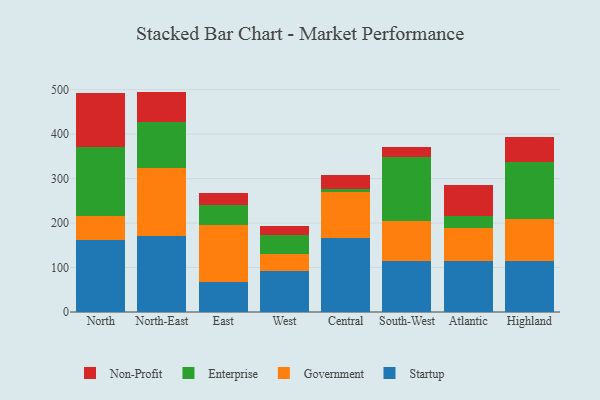
{"axis": {"x": "Region", "y": "Backlog"}, "legend": ["Enterprise", "Government", "Non-Profit", "Startup"], "data": [{"x": "North", "y": 161.3, "type": "Startup"}, {"x": "North", "y": 55.5, "type": "Government"}, {"x": "North", "y": 153.7, "type": "Enterprise"}, {"x": "North", "y": 120.9, "type": "Non-Profit"}, {"x": "North-East", "y": 171.2, "type": "Startup"}, {"x": "North-East", "y": 152.1, "type": "Government"}, {"x": "North-East", "y": 103.7, "type": "Enterprise"}, {"x": "North-East", "y": 68.6, "type": "Non-Profit"}, {"x": "East", "y": 67.3, "type": "Startup"}, {"x": "East", "y": 128.4, "type": "Government"}, {"x": "East", "y": 45.4, "type": "Enterprise"}, {"x": "East", "y": 26.2, "type": "Non-Profit"}, {"x": "West", "y": 91.5, "type": "Startup"}, {"x": "West", "y": 39.2, "type": "Government"}, {"x": "West", "y": 42.0, "type": "Enterprise"}, {"x": "West", "y": 20.9, "type": "Non-Profit"}, {"x": "Central", "y": 165.7, "type": "Startup"}, {"x": "Central", "y": 103.3, "type": "Government"}, {"x": "Central", "y": 8.7, "type": "Enterprise"}, {"x": "Central", "y": 29.5, "type": "Non-Profit"}, {"x": "South-West", "y": 114.3, "type": "Startup"}, {"x": "South-West", "y": 89.9, "type": "Government"}, {"x": "South-West", "y": 144.4, "type": "Enterprise"}, {"x": "South-West", "y": 22.4, "type": "Non-Profit"}, {"x": "Atlantic", "y": 114.0, "type": "Startup"}, {"x": "Atlantic", "y": 75.1, "type": "Government"}, {"x": "Atlantic", "y": 27.5, "type": "Enterprise"}, {"x": "Atlantic", "y": 69.3, "type": "Non-Profit"}, {"x": "Highland", "y": 114.3, "type": "Startup"}, {"x": "Highland", "y": 95.4, "type": "Government"}, {"x": "Highland", "y": 128.6, "type": "Enterprise"}, {"x": "Highland", "y": 55.0, "type": "Non-Profit"}]}